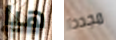
هيا مجددا